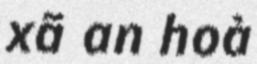
xã an hoà